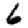
Digit: 6